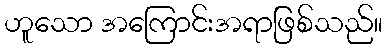
ဟူသော အကြောင်းအရာဖြစ်သည်။